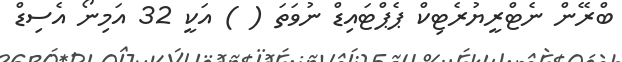
ބްރޭން ނެޓްރީޔުރެޓިކް ޕެޕްޓައިޑް ނުވަތަ ( ) އަކީ 32 އަމިނޯ އެސިޑް